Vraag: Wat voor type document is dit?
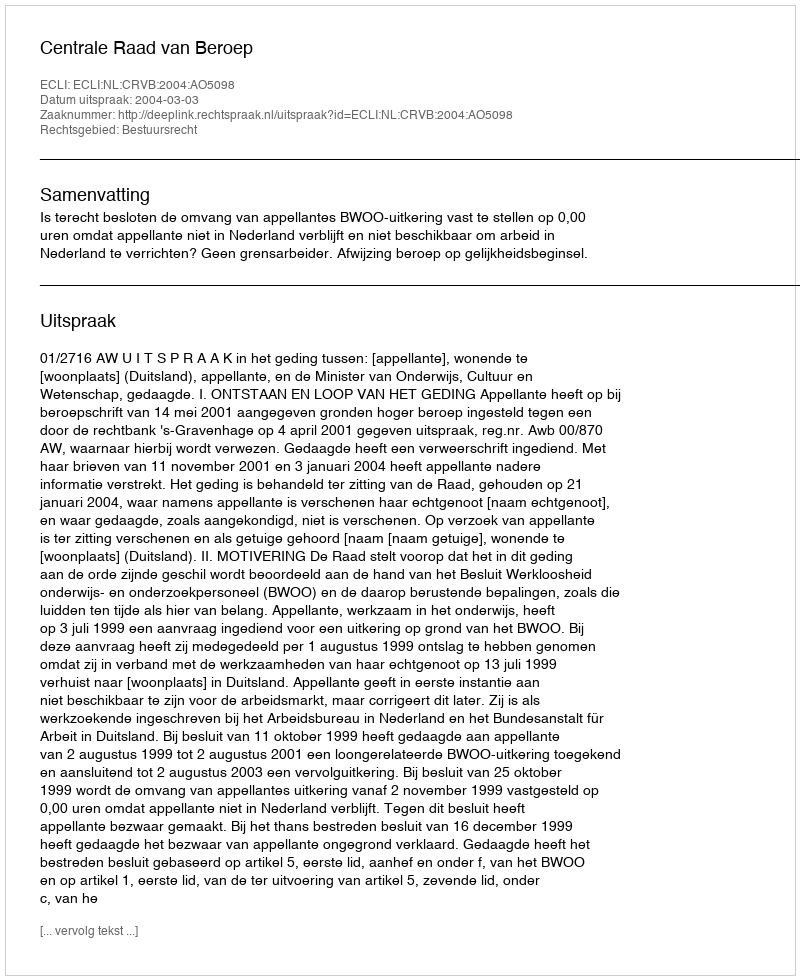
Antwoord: Uitspraak